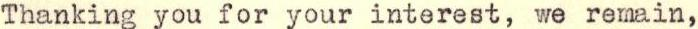
Thanking you for your interest, we remain,